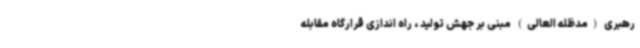
رهبری (مدظله العالی) مبنی بر جهش تولید ، راه اندازی قرارگاه مقابله